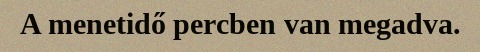
A menetidő percben van megadva.